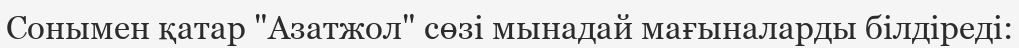
Сонымен қатар "Азатжол" сөзі мынадай мағыналарды білдіреді: